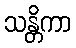
သန္တိကာ